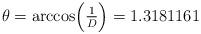
LaTeX: \begin{align*}\theta = \arccos \Bigl({\textstyle {1\over D}}\Bigr) = 1.3181161\end{align*}